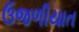
ઉજળીયાત